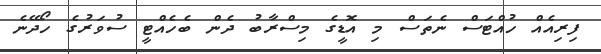
ފިރިއެއް ހުއްޓަސް ނެތަސް މި އޮޑީގެ މިސްރާބު ދެން ބެހެއްޓީ ސުވަރުގެ ހޯދޭނެ